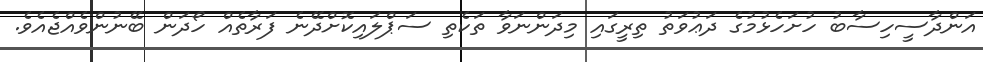
އަންދާސީހިސާބު ހުށަހެޅުމުގެ ދަޢުވަތު ތިރީގައި މިދަންނަވާ ތަކެތި ސަޕްލައިކޮށްދޭނެ ފަރާތެއް ހޯދަން ބޭނުންވެއްޖެއެވެ.